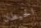
الحيطان